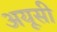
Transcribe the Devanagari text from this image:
अयूसी